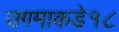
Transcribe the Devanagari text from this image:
उगमाकडे१८